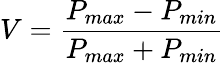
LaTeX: V=\frac{P_{max}-P_{min}}{P_{max}+P_{min}}